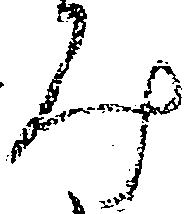
み